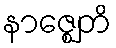
နာဇ္ဈေတိ